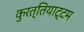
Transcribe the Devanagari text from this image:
कुरत्तियाट्टम